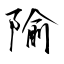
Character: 隃